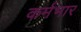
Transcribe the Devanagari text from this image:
कर्मभार